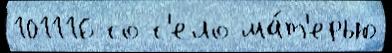
101116 со с'ело ма́т'ерью